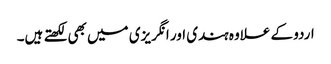
اردو کے علاوہ ہندی اور انگریزی میں بھی لکھتے ہیں۔